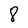
Character: 8